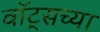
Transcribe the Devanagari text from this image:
वॉट्सच्या